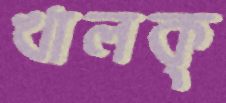
খালক্